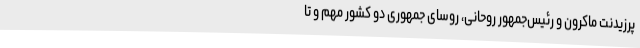
پرزیدنت ماکرون و رئیس‌جمهور روحانی، روسای جمهوری دو کشور مهم و تا